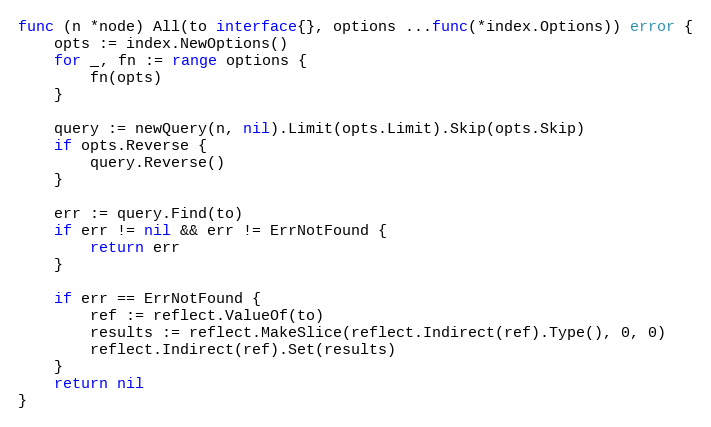
Language: Go
func (n *node) All(to interface{}, options ...func(*index.Options)) error {
	opts := index.NewOptions()
	for _, fn := range options {
		fn(opts)
	}

	query := newQuery(n, nil).Limit(opts.Limit).Skip(opts.Skip)
	if opts.Reverse {
		query.Reverse()
	}

	err := query.Find(to)
	if err != nil && err != ErrNotFound {
		return err
	}

	if err == ErrNotFound {
		ref := reflect.ValueOf(to)
		results := reflect.MakeSlice(reflect.Indirect(ref).Type(), 0, 0)
		reflect.Indirect(ref).Set(results)
	}
	return nil
}